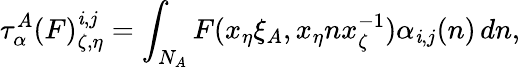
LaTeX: \tau_{\alpha}^{A}(F)_{\zeta,\eta}^{\mathit{i},j}=\int_{N_{A}}F(x_{\eta}\xi_{A},x_{\eta}nx_{\zeta}^{-1})\alpha_{\mathit{i},j}(n)\, dn,